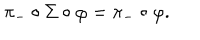
\pi _ { - } \circ \Sigma \circ \varphi = \pi _ { - } \circ \varphi .